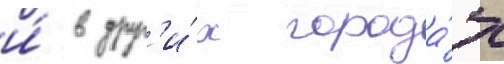
и́ в друг'и́х города́х